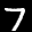
Label: 7